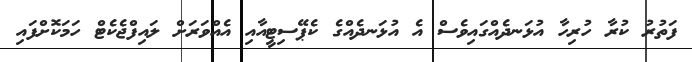
ފަތުރު ކުރާ ހުރިހާ އުޅަނދެއްގައިވެސް އެ އުޅަނދެއްގެ ކެޕޭސިޓީއާއި އެއްވަރަށް ލައިފްޖެކެޓް ހަމަކޮށްފައި